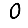
Digit: 0